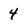
Character: 4